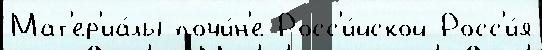
Мат'ер'иа́лы почи́н'е Росс'и́йской Росс'и́я